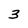
Character: 3